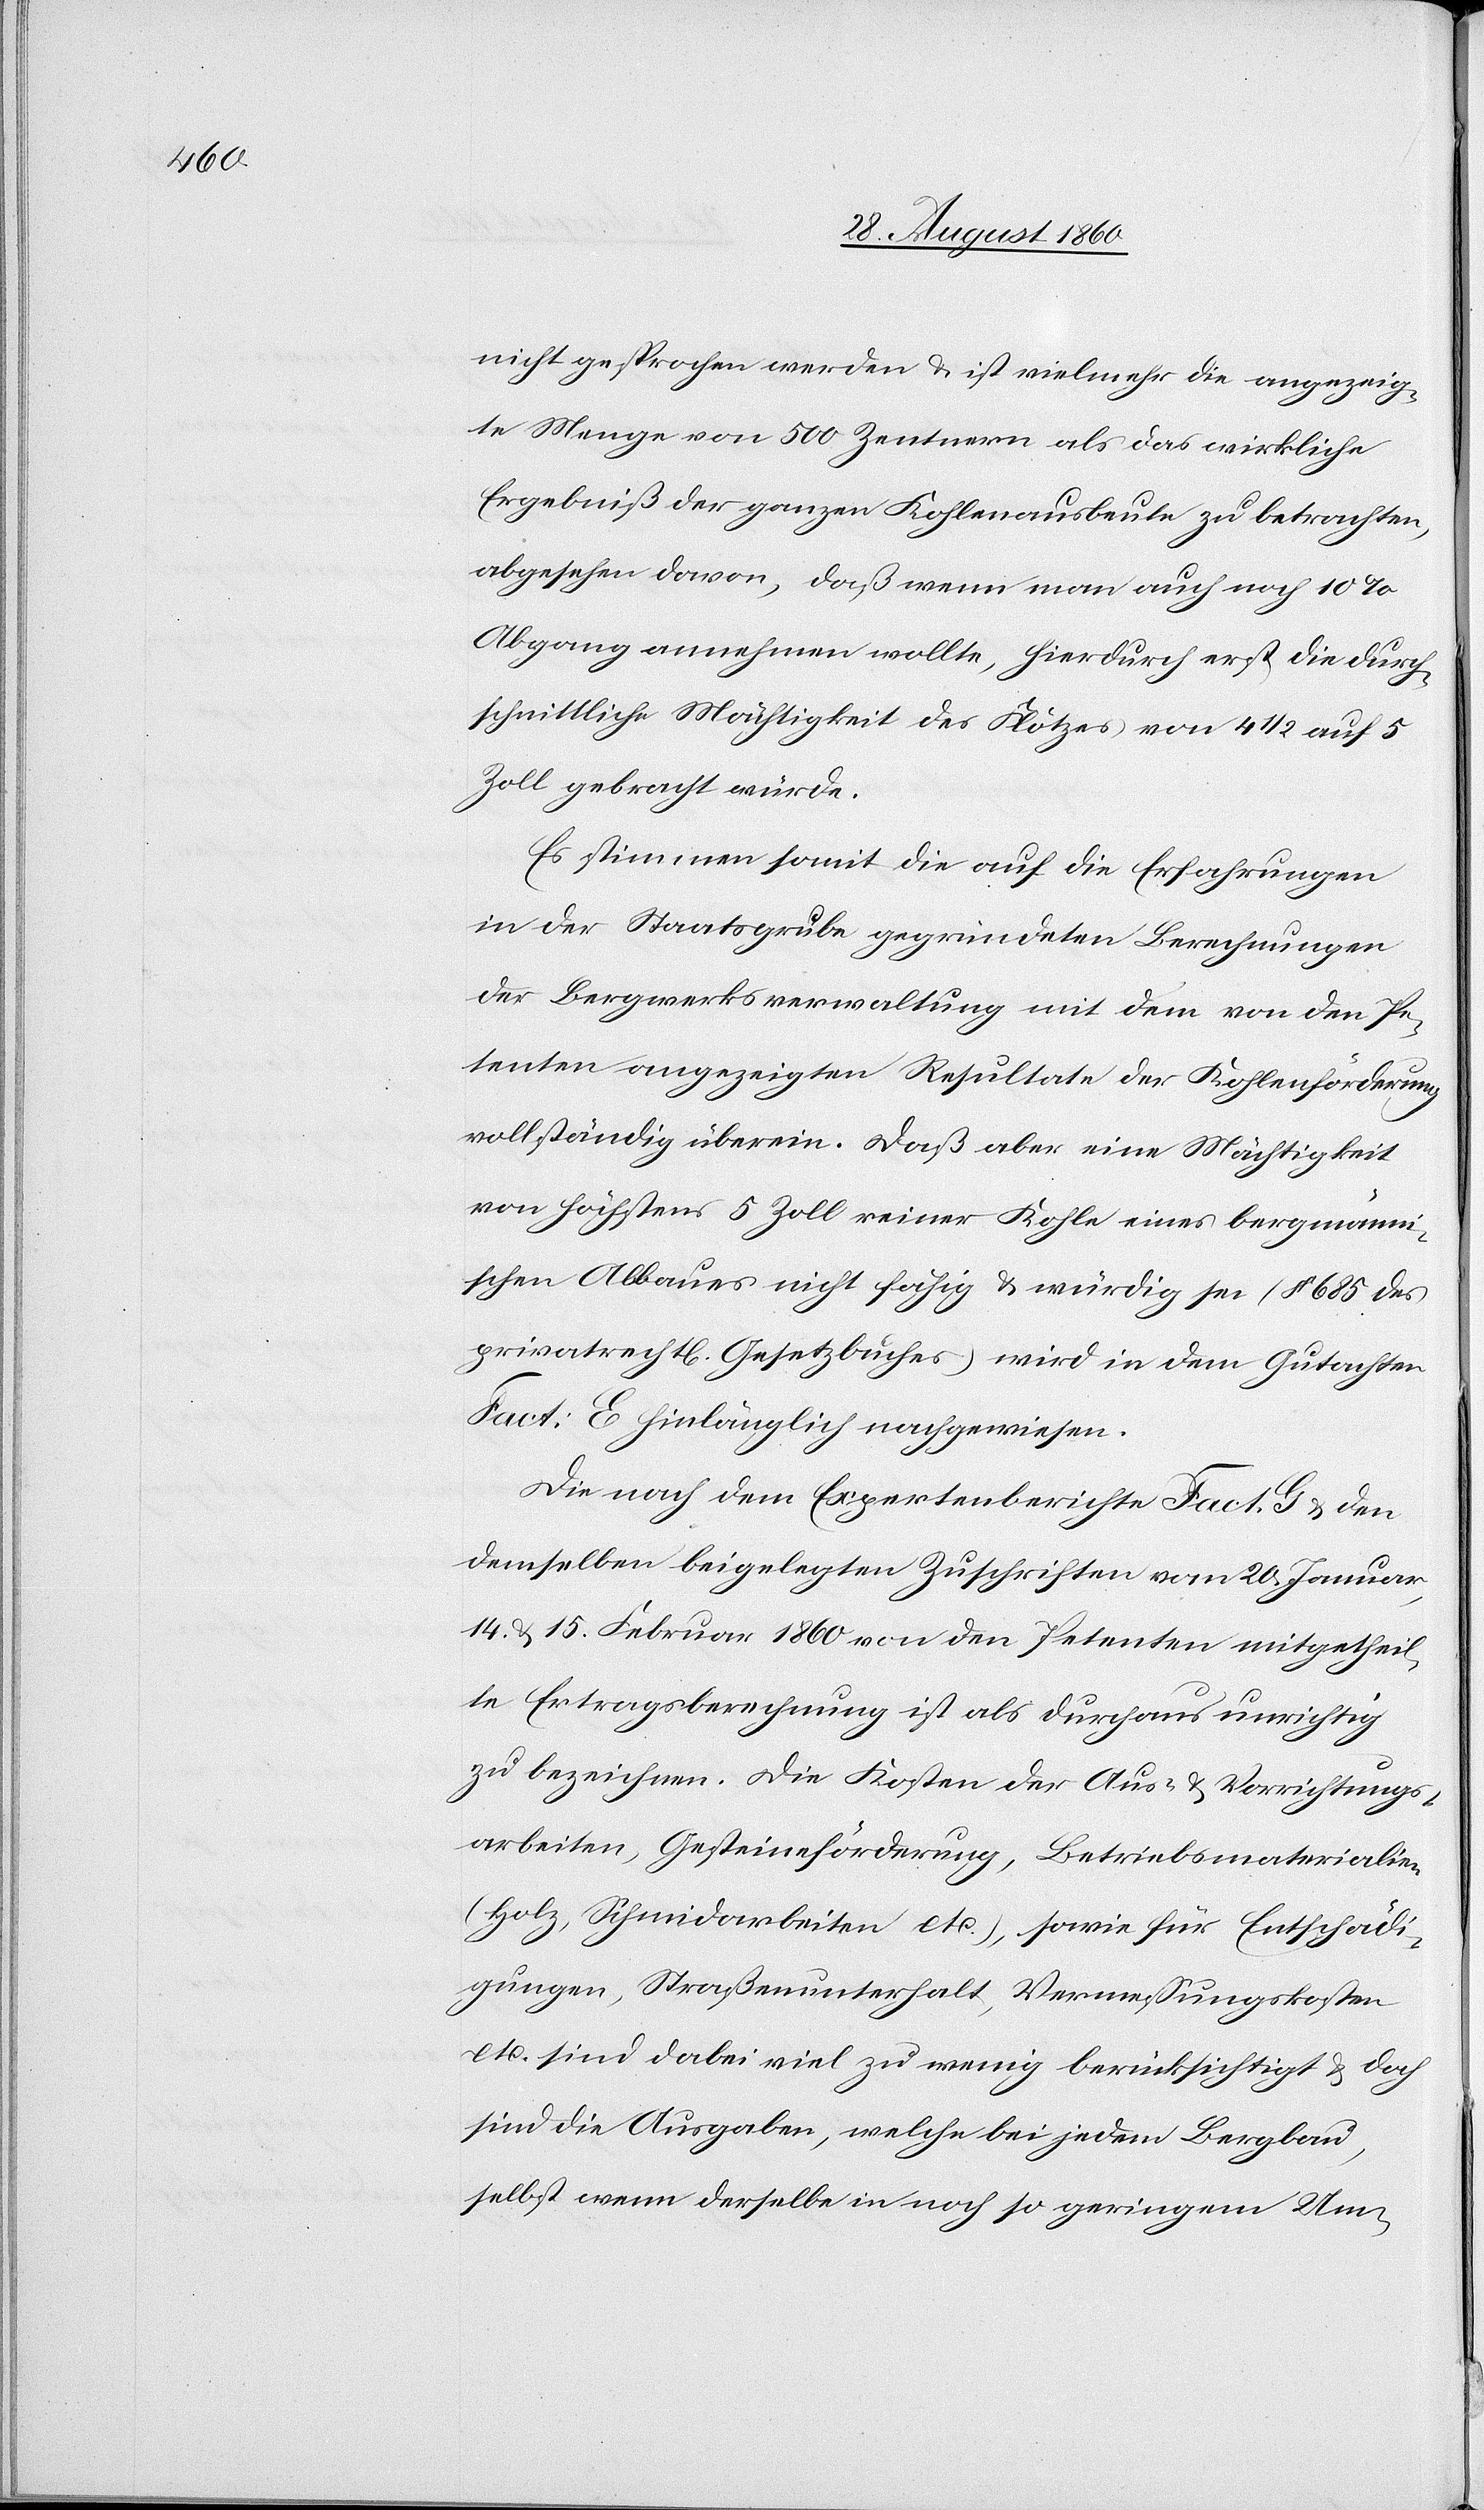
nicht gesprochen werden u. ist vielmehr die angezeig¬
te Menge von 500 Centnern als das wirkliche
Ergebniss der ganzen Kohlenausbeute zu betrachten,
abgesehen davon, dass wenn man auch noch 10%
Abgang annehmen wollte, hierdurch erst die durch¬
schnittliche Mächtigkeit des Flötzes von 4 1/2 auf
Zoll gebracht würde.
Es stimmen somit die auf die Erfahrungen
in der Staatsgrube gegründeten Berechnungen
der Bergwerksverwaltung mit dem von den Pe¬
tenten angezeigten Resultate der Kohleförderung
vollständig überein. Dass aber eine Mächtigkeit
von höchstens 5 Zoll reiner Kohle eines bergmänni¬
schen Abbaues nicht fähig u. würdig sei (§. 685 des
privatrechtl. Gesetzbuches) wird in dem Gutachten
Fact. E hinlänglich nachgewiesen.
Die nach dem Expertenberichte Fact. G u. den
demselben beigelegten Zuschriften vom 20. Januar,
14 u. 15. Februar 1860 von den Petenten mitgetheil¬
te Ertragsberechnung ist als durchaus unrichtig
zu bezeichnen. Die Kosten der Aus- u. Vorrichtungs¬
arbeiten, Gesteineförderung, Betriebsmaterialien
(Holz, Schmidarbeiten, etc.) sowie für Entschädi¬
gungen, Strassenunterhalt, Vermessungskosten
etc. sind dabei viel zu wenig berücksichtigt u. doch
sind dies Ausgaben, welche bei jedem Bergbau,
selbst wenn derselbe in noch so geringem Um-